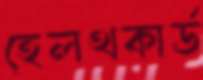
হেলথকার্ড